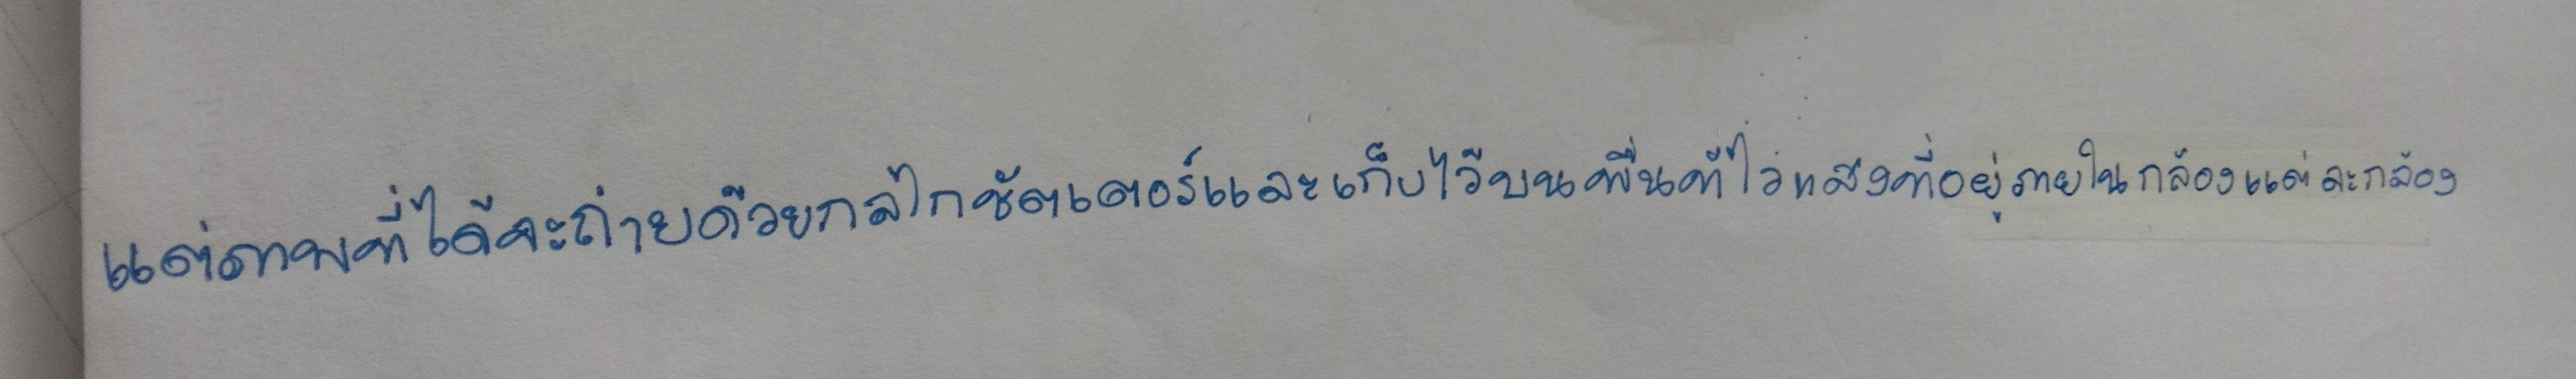
แต่ภาพที่ได้จะถ่ายด้วยกลไกชัตเตอร์และเก็บไว้บนพื้นไวแสงที่อยู่ภายในกล้องแต่ละกล้อง